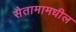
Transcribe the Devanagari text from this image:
सैतामामधील